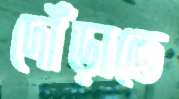
দৌঁড়াতে